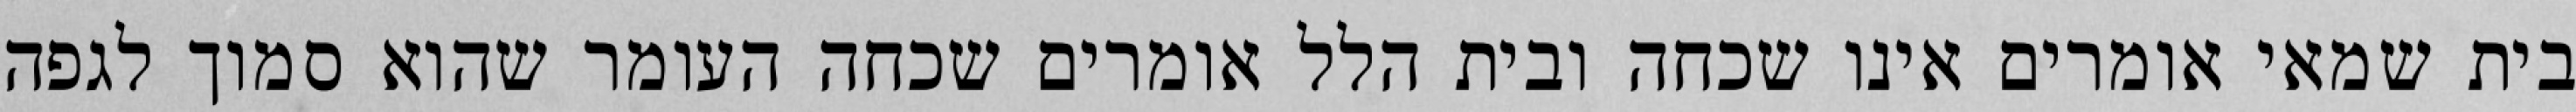
בית שמאי אומרים אינו שכחה ובית הלל אומרים שכחה העומר שהוא סמוך לגפה